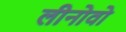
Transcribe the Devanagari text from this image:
लीनोवो